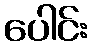
ပေါင်း